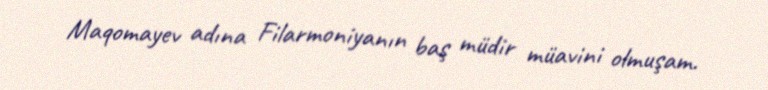
Maqomayev adına Filarmoniyanın baş müdir müavini olmuşam.